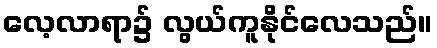
လေ့လာရာ၌ လွယ်ကူနိုင်လေသည်။